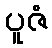
ပူဇံ